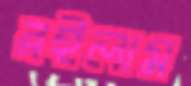
রইলাম